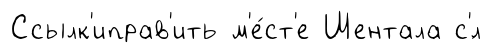
Ссылк'иправ'ить м'е́ст'е Шентала с'́л